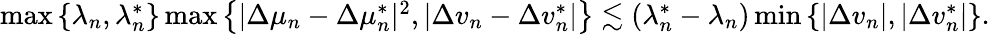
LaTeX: \begin{array}{r}{\operatorname*{max}\left\{ \lambda_{n},\lambda_{n}^{*}\right\} \operatorname*{max}\left\{ |\Delta\mu_{n}-\Delta\mu_{n}^{*}|^{2},|\Delta v_{n}-\Delta v_{n}^{*}|\right\} \lesssim(\lambda_{n}^{*}-\lambda_{n})\operatorname*{min}\left\{ |\Delta v_{n}|,|\Delta v_{n}^{*}|\right\} .}\end{array}